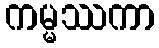
ကမ္မဿကာ